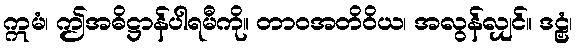
ဣမံ၊ ဤအဓိဋ္ဌာန်ပါရမီကို။ တာဝအတိဝိယ၊ အလွန်လျှင်။ ဒဠှံ၊